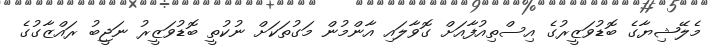
މެލޭޝިޔާގެ ބޮޑުވަޒީރުގެ އިސްތިއުފާއަށް ގޮވާލައި އާންމުން މަގުތަކަށް ނުކުތީ ބޮޑުވަޒީރު ނަޖީބު ރައްޒާގުގެ